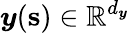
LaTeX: \boldsymbol{y}(\mathbf{s})\in\mathbb{R}^{d_{\boldsymbol{y}}}